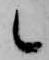
之